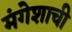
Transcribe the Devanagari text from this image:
मंगेशाची